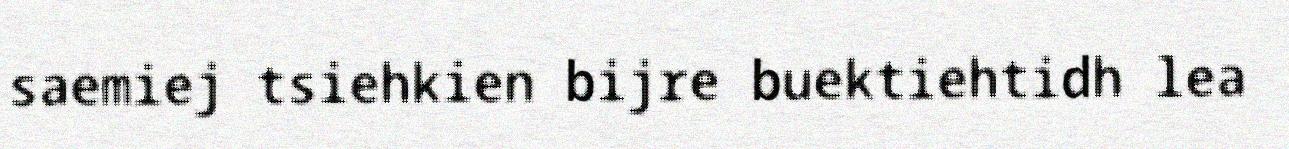
saemiej tsiehkien bijre buektiehtidh lea